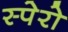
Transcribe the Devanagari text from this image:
स्पेरो